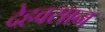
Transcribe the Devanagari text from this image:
देहवसान